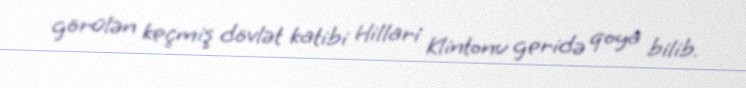
görülən keçmiş dövlət katibi Hillari Klintonu geridə qoya bilib.